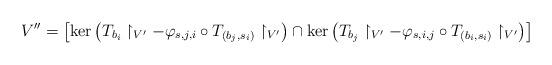
LaTeX: \begin{align*}V^{\prime\prime}=\left[\ker\left(T_{b_{i}}\restriction_{V^{\prime}}-\varphi_{s,j,i}\circ T_{(b_{j},s_{i})}\restriction_{V^{\prime}}\right)\cap\ker\left(T_{b_{j}}\restriction_{V^{\prime}}-\varphi_{s,i,j}\circ T_{(b_{i},s_{i})}\restriction_{V^{\prime}}\right)\right]\end{align*}